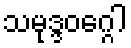
သမုဒ္ဒဝဂ္ဂေါ